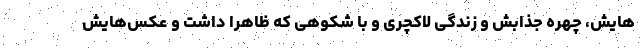
‌هایش، چهره جذابش و زندگی لاکچری و با شکوهی که ظاهراً داشت و عکس‌هایش